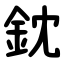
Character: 鈂